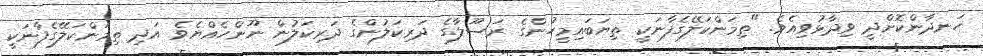
ހަނދާންކޮށްދީ ވިދާޅުވިއެވެ. "ތިމަންކަލޭގެފާނަކީ ތިޔަބައިމީހުންގެ ރަސޫލާގެ ދަރިކަލުންގެ ދަރިކަލުން ނޫންހެއްޔެވެ އަދި ތިމަންކަލޭގެފާނަކީ